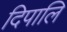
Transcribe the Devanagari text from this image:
दिपालि